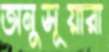
অনুসূয়ারা